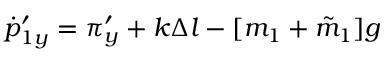
\dot { p } _ { 1 y } ^ { \prime } = \pi _ { y } ^ { \prime } + k \Delta l - [ m _ { 1 } + \tilde { m } _ { 1 } ] g